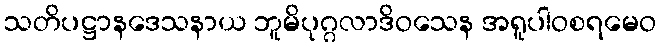
သတိပဋ္ဌာနဒေသနာယ ဘူမိပုဂ္ဂလာဒိဝသေန အရူပါဝစရမေဝ